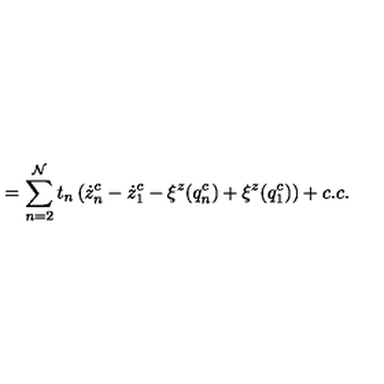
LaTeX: = \sum _ { n = 2 } ^ { \cal N } t _ { n } \left( \dot { z } _ { n } ^ { c } - \dot { z } _ { 1 } ^ { c } - \xi ^ { z } ( q _ { n } ^ { c } ) + \xi ^ { z } ( q _ { 1 } ^ { c } ) \right) + c . c .